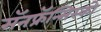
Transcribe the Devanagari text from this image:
सॅनफ्रॅन्सिस्को